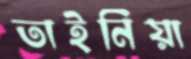
তাইনিয়া